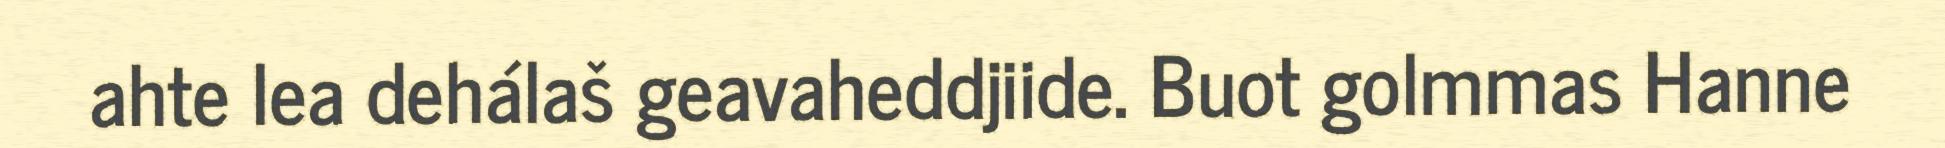
ahte lea dehálaš geavaheddjiide. Buot golmmas Hanne